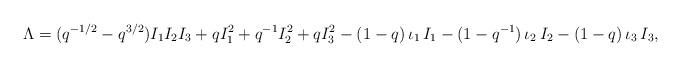
LaTeX: \begin{align*} \Lambda=(q^{-1/2}-q^{3/2}) I_1I_2I_3+q I_1^2+q^{-1}I_2^2+q I_3^2-(1-q)\,\iota_1\, I_1-(1-q^{-1})\,\iota_2\,I_2-(1-q)\,\iota_3\, I_3,\end{align*}